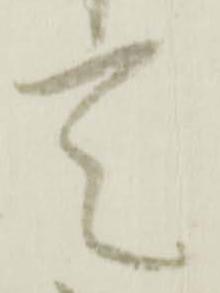
て